Annual report of the Punjab Veterinary College and of the Civil Veterinary Department, Punjab - 1894-1908
Year: 1894
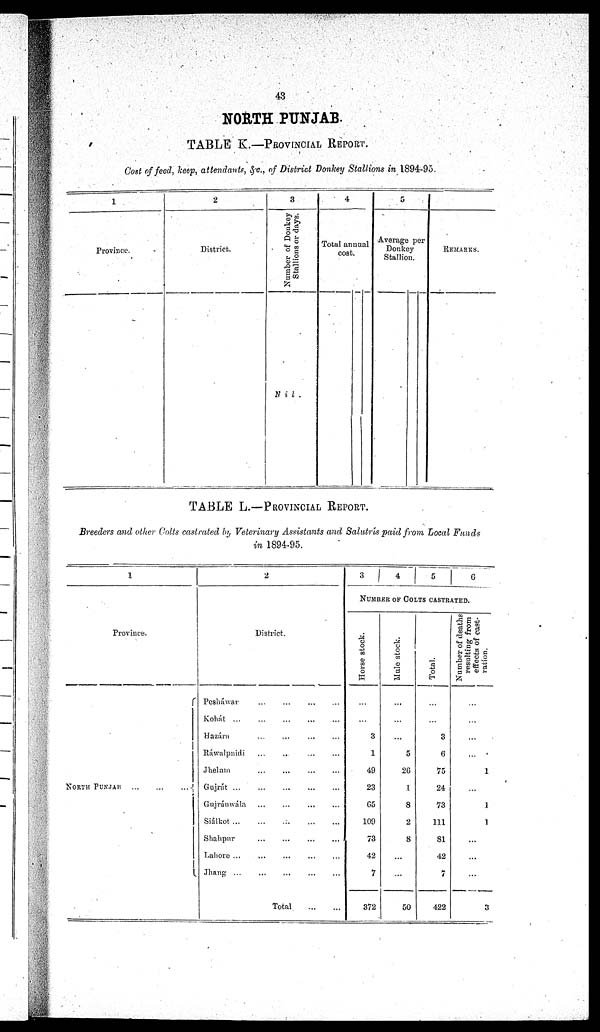
43
NORTH PUNJAB.
TABLE K.—PROVINCIAL REPORT.
Cost of feed, keep, attendants, &c., of District Donkey Stallions in 1894-95.
1
Province.
2
District.
3
Number of Donkey
Stallions or days.
Nil.
4
Total annual
cost.
5
Average per
Donkey
Stallion.
REMARKS.
TABLE L.—PROVINCIAL REPORT.
Breeders and other Colts castrated by Veterinary Assistants and Salutrís paid from Local Funds
in 1894-95.
1
Province.
NORTH PUNJAB
2
District.
Pesháwar
Kohát ...
Hazára
Ráwalpindi
Jhelam
Gujrát ...
Gnjránwála
Siálkot ...
Shahpur
Lahore ...
Jhang ...
Total ...
3 4
5
6
NUMBER OF COLTS CASTRATED.
Horse stock.
...
...
3
1
49
23
65
109
73
42
7
372
Male stock.
...
...
...
5
26
1
8
2
8
...
...
50
Total.
...
...
3
6
75
24
73
111
81
42
7
422
Number of deaths
resulting from
effects of cast-
ration.
...
...
...
...
1
...
1
1
...
...
...
3